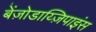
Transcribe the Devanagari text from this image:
बेंज़ोडाय्ज़िपाइंस